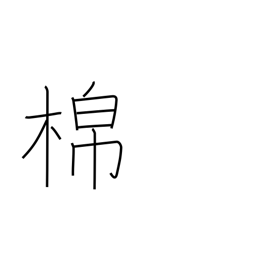
Meaning: cotton